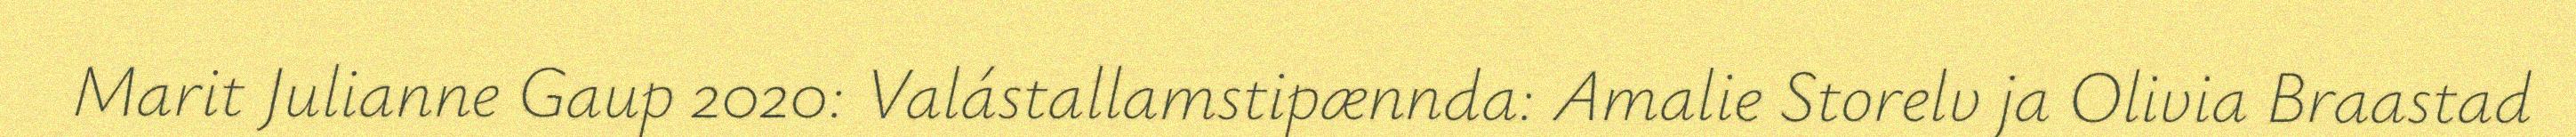
Marit Julianne Gaup 2020: Valástallamstipænnda: Amalie Storelv ja Olivia Braastad